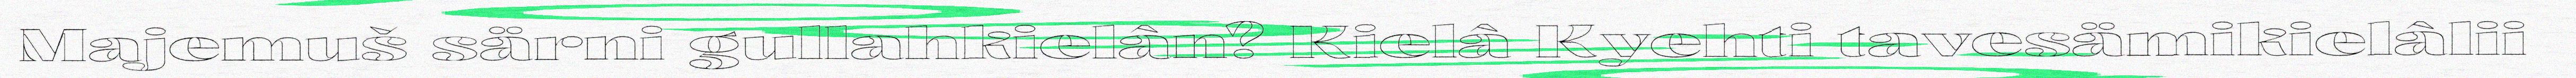
Majemuš särni gullahkielân? Kielâ Kyehti tavesämikielâlii